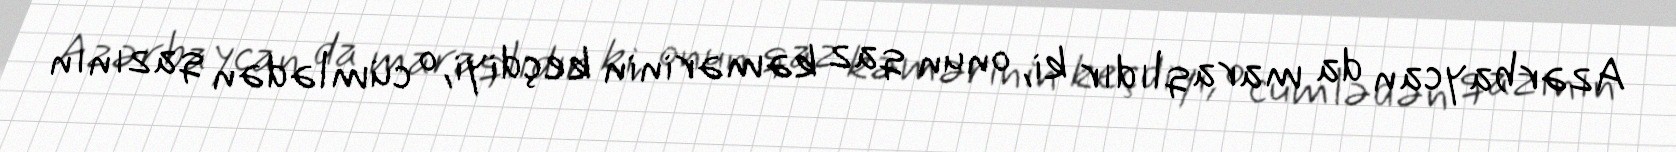
Azərbaycan da maraqlıdır ki, onun qaz kəmərinin keçdiyi, o cümlədən qazının